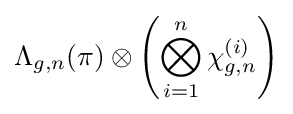
\Lambda _{g,n}(\pi )\otimes \left(\bigotimes _{i=1}^{n}\chi _{g,n}^{(i)}\right)